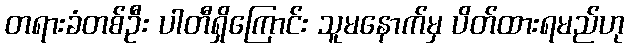
တရားခံတစ်ဦး ပါတီရှိကြောင်း သူမနောက်မှ ပိတ်ထားရမည်ဟု